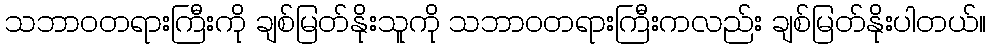
သဘာဝတရားကြီးကို ချစ်မြတ်နိုးသူကို သဘာဝတရားကြီးကလည်း ချစ်မြတ်နိုးပါတယ်။